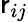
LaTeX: \mathsf{r}_{ij}